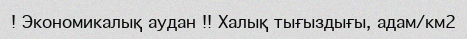
! Экономикалық аудан !! Халық тығыздығы, адам/км2